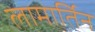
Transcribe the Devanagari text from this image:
लामार्तिन